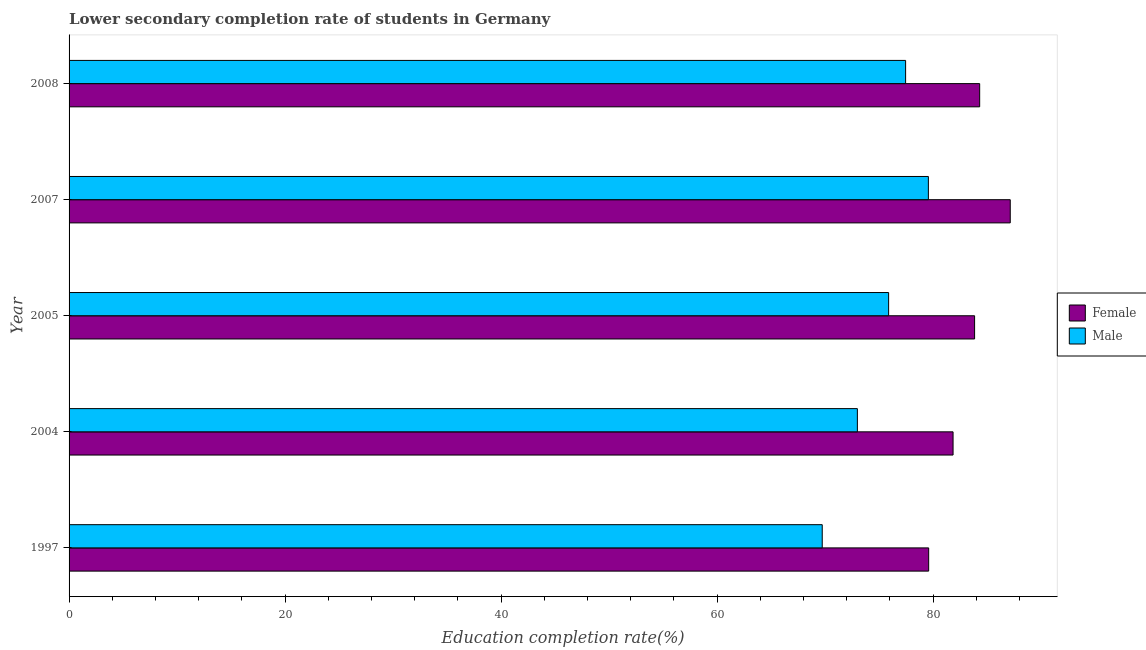
| Year | Female | Male |
 | --- | --- | --- |
 | 1997 | 79.6 | 69.7 |
 | 2004 | 81.9 | 73 |
 | 2005 | 83.9 | 75.9 |
 | 2007 | 87.2 | 79.6 |
 | 2008 | 84.3 | 77.5 |